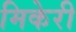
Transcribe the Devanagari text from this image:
मिकेरी